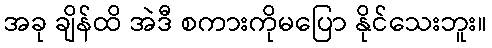
အခု ချိန်ထိ အဲဒီ စကားကိုမပြော နိုင်သေးဘူး။